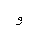
Letter: _waw